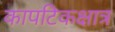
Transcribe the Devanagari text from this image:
कापटिकक्षात्र